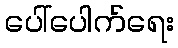
ပေါ်ပေါက်ရေး